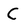
Character: C